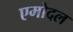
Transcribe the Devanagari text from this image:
एमोदल